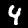
Digit: 4